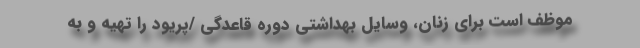
موظف است برای زنان، وسایل بهداشتی دوره قاعدگی /پریود را تهیه و به